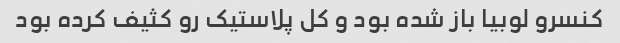
کنسرو لوبیا باز شده بود و کل پلاستیک رو کثیف کرده بود